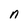
Character: n